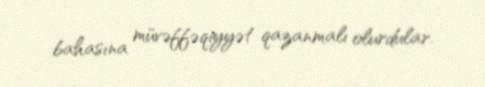
bahasına müvəffəqiyyət qazanmalı olurdular.